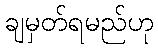
ချမှတ်ရမည်ဟု